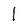
Character: l